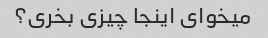
میخوای اینجا چیزی بخری؟